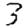
Digit: 3